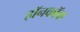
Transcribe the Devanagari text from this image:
हॉनकॉक